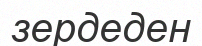
зердеден